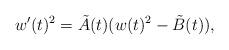
LaTeX: \begin{align*}w'(t)^2=\tilde A(t)(w(t)^2-\tilde B(t)), \end{align*}